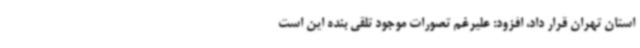
استان تهران قرار داد، افزود: علیرغم تصورات موجود تلقی بنده این است